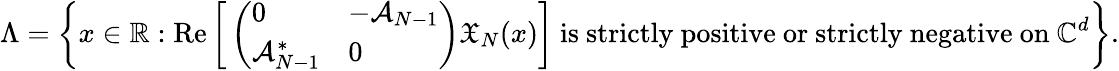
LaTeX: \Lambda=\bigg\{ x\in\mathbb{R}:\operatorname{Re}\bigg[\left(\begin{array}{ll}{0}&{-\mathcal{A}_{N-1}}\\ {\mathcal{A}_{N-1}^{*}}&{0}\end{array}\right)\mathfrak{X}_{N}(x)\bigg]\mathrm{~is~strictly~positive~or~strictly~negative~on~}\mathbb{C}^{d}\bigg\} .